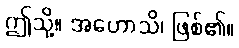
ဤသို့။ အဟောသိ၊ ဖြစ်၏။